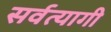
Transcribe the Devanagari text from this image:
सर्वत्यागी